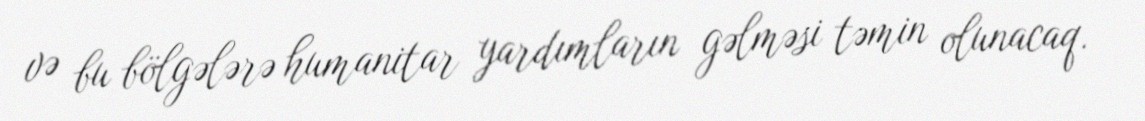
və bu bölgələrə humanitar yardımların gəlməsi təmin olunacaq.